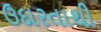
ઉદારતાથી